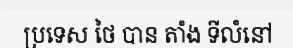
ប្រទេស ថៃ បាន តាំង ទីលំនៅ